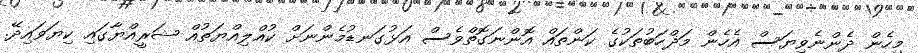
މިހެން ދެންނެވިޔަސް އެހެން މަޛްހަބުތަކުގެ ކަންތައް އޮންނަގޮތްވެސް އަޅުގަނޑުމެންނަށް ކުއްލިއްޔަތުއް ޝަރީއްޔާގައި ކިޔަވައިދޭ.